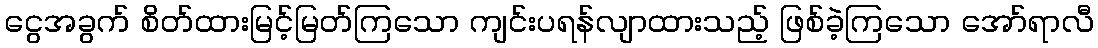
ငွေအခွက် စိတ်ထားမြင့်မြတ်ကြသော ကျင်းပရန်လျာထားသည့် ဖြစ်ခဲ့ကြသော အော်ရာလီ